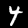
Label: 4